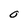
Character: O